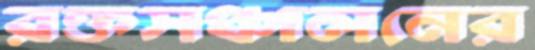
রক্তসঞ্চালনের